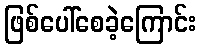
ဖြစ်ပေါ်စေခဲ့ကြောင်း